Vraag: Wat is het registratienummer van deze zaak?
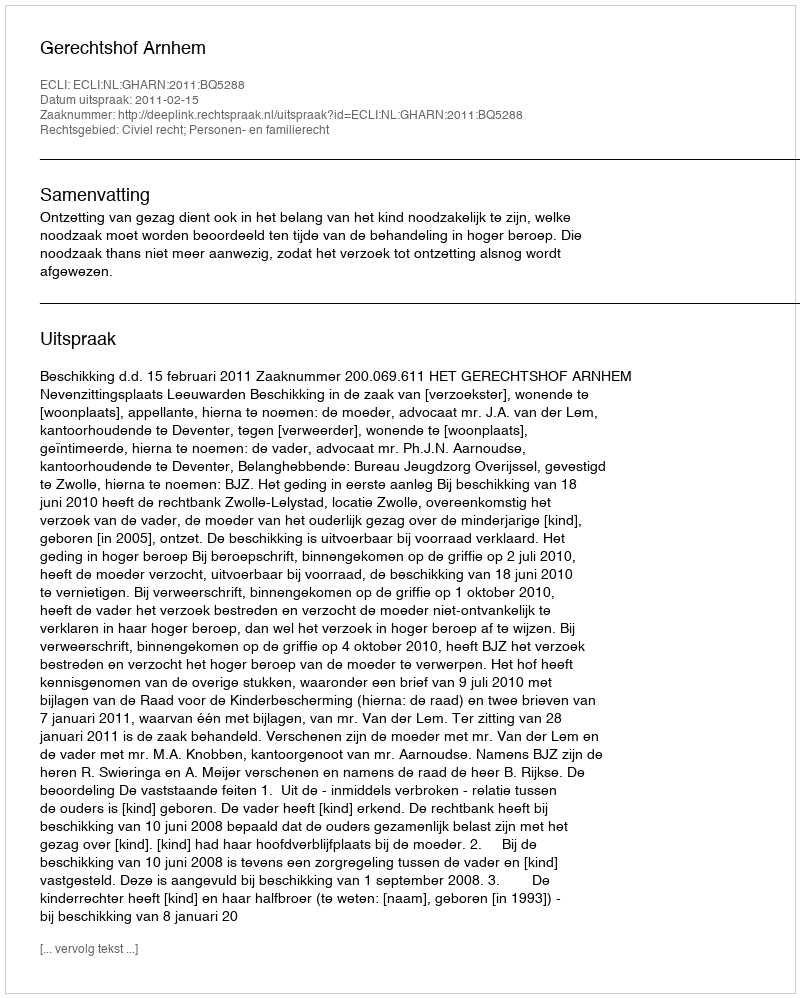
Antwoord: http://deeplink.rechtspraak.nl/uitspraak?id=ECLI:NL:GHARN:2011:BQ5288